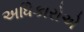
અધિકારોએ